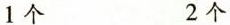
1个 2个